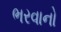
ભરવાનો